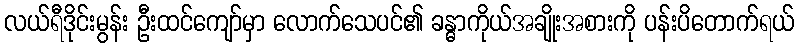
လယ်ရီဒိုင်းမွန်း ဦးထင်ကျော်မှာ လောက်သေပင်၏ ခန္ဓာကိုယ်အချိုးအစားကို ပန်းပိတောက်ရယ်